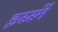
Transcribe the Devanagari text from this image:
इस्स्में